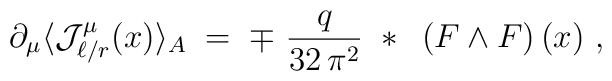
\partial_\mu \langle {\mathcal J}_{\ell/r}^\mu (x)\rangle_A \;=\; \mp\ \frac{q}{32\,\pi^2}~*~\left( F \wedge F\right) (x)~,